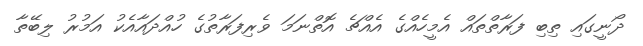
ދޯނީގައި ތިބި ފަރާތްތައް އެމީހެއްގެ އެއްޗެ އޮތްނަމަ ވެރިފަރާތުގެ ހުއްދައާއެކު އަމުރު ލިބޭތާ